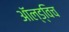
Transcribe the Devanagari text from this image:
ऑल्ड्विच